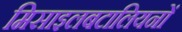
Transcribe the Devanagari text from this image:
मिसाइलबटालियनों